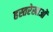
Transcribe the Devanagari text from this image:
हस्तरेखाओं